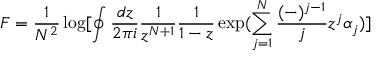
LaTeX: F = \frac { 1 } { N ^ { 2 } } \log [ \oint \frac { d z } { 2 \pi i } \frac { 1 } { z ^ { N + 1 } } \frac { 1 } { 1 - z } \exp ( \sum _ { j = 1 } ^ { N } \frac { ( - ) ^ { j - 1 } } { j } z ^ { j } \alpha _ { j } ) ]